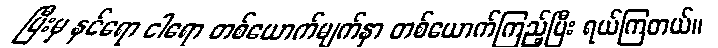
ပြီးမှ နင်ရော ငါရော တစ်ယောက်မျက်နှာ တစ်ယောက်ကြည့်ပြီး ရယ်ကြတယ်။